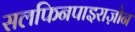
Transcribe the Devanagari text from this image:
सलफिनपाइराज़ोन